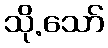
သို.သော်